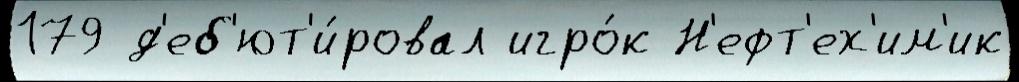
179 д'еб'ют'и́ровал игро́к Н'ефт'ех'им'ик